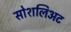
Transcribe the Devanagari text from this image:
सोशलिअट